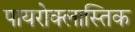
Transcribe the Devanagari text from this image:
पायरोक्लास्तिक